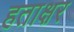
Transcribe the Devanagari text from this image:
हताक्षर